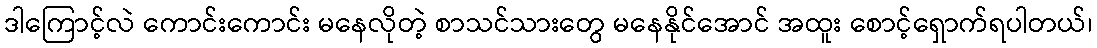
ဒါကြောင့်လဲ ကောင်းကောင်း မနေလိုတဲ့ စာသင်သားတွေ မနေနိုင်အောင် အထူး စောင့်ရှောက်ရပါတယ်၊